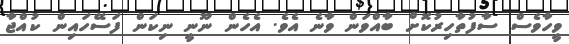
ވީހާވެސް ސާފުތާހިރުކޮށް ބާއްވަން ވާނެ އެވެ. އެހެން ނޫނީ ނިކަން ފަސޭހައިން ކުއްޖާ